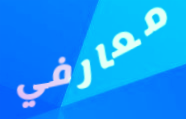
معارفي